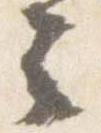
云